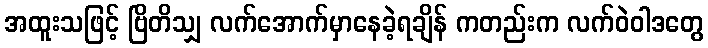
အထူးသဖြင့် ဗြိတိသျှ လက်အောက်မှာနေခဲ့ရချိန် ကတည်းက လက်ဝဲဝါဒတွေ